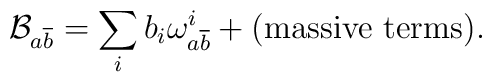
\mathcal{B}_{a \overline{b}} = \sum_{i} b_{i} \omega^{i}_{a \overline{b}}         + (\textrm{massive terms}).